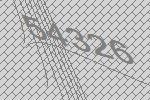
54326